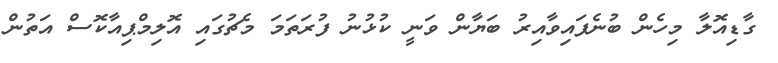
ގާޑިއޮލާ މިހެން ބުނެފައިވާއިރު ބަޔާން ވަނީ ކުޅުނު ފުރަތަމަ މެޗުގައި އޮލިމްޕިއާކޮސް އަތުން